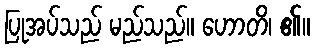
ပြုအပ်သည် မည်သည်။ ဟောတိ၊ ၏။